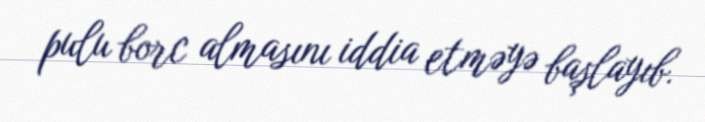
pulu borc almasını iddia etməyə başlayıb.